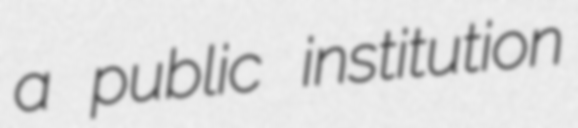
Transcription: a public institution